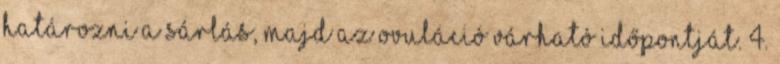
határozni a sárlás, majd az ovuláció várható időpontját. 4.